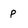
Character: p